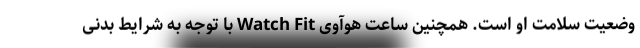
وضعیت سلامت او است. همچنین ساعت هوآوی Watch Fit با توجه به شرایط بدنی